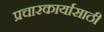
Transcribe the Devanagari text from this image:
प्रचारकार्यासाठी